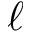
\ell